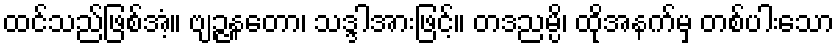
ထင်သည်ဖြစ်အံ့။ ဗျဉ္ဇနတော၊ သဒ္ဒါအားဖြင့်။ တဒညမ္ပိ၊ ထိုအနက်မှ တစ်ပါးသော